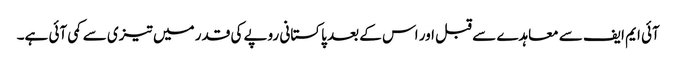
آئی ایم ایف سے معاہدے سے قبل اور اس کے بعد پاکستانی روپے کی قدر میں تیزی سے کمی آئی ہے۔